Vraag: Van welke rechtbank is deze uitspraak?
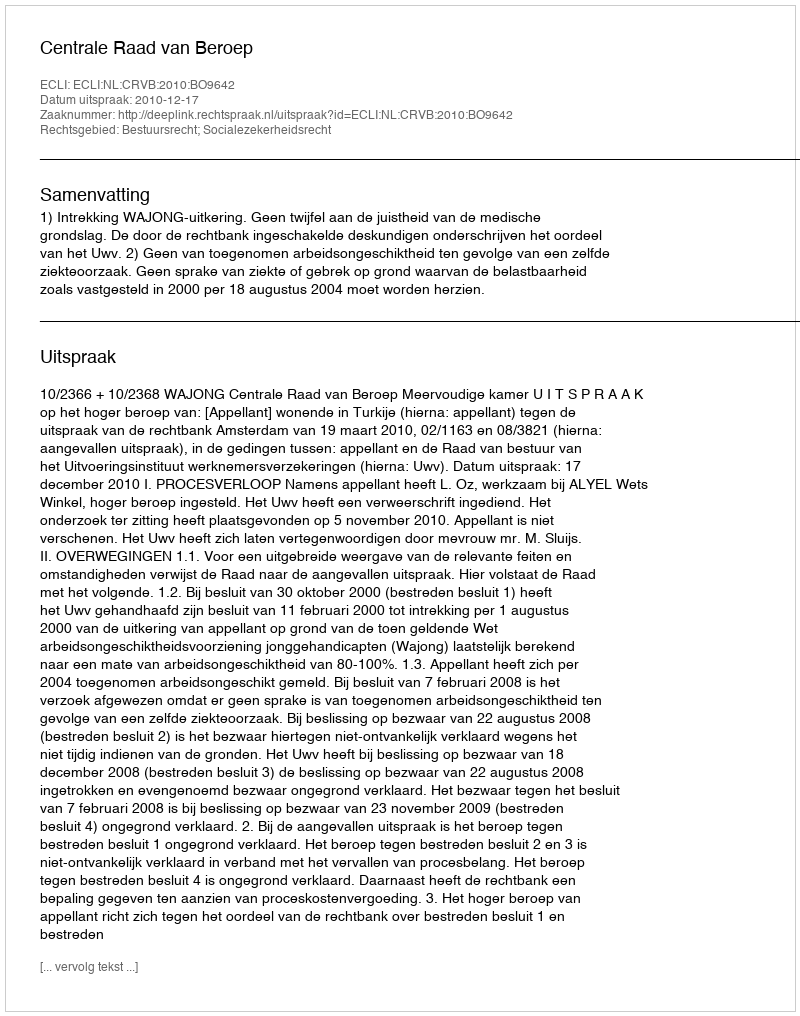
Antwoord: Centrale Raad van Beroep